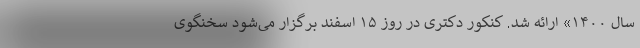
سال ۱۴۰۰» ارائه شد. کنکور دکتری در روز ۱۵ اسفند برگزار می‌شود سخنگوی